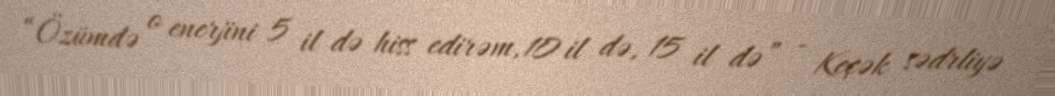
“Özümdə o enerjini 5 il də hiss edirəm, 10 il də, 15 il də” - Keçək sədrliyə